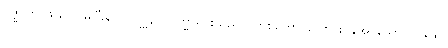
ဗုဇ္ဈိတွာ၊ သိတော်မူပြီး၍။ ဗြဟ္မုနာ၊ ဗြဟ္မာမင်းသည်။ ယာစိတော၊ တောင်းပန်အပ်သော။ သန္တော၊